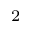
_ { 2 }